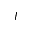
I